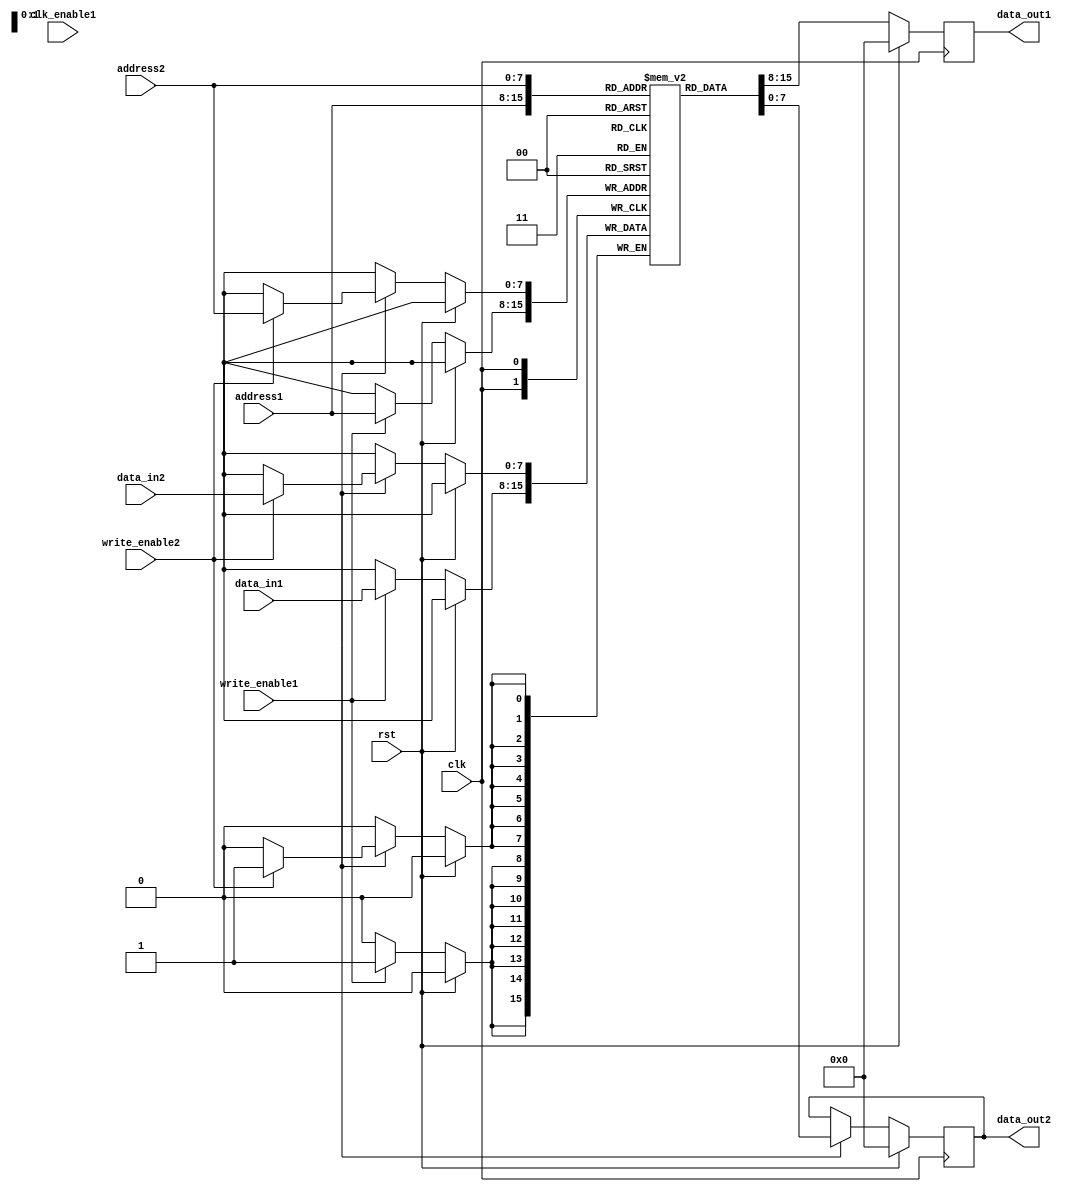
module dual_port_ram (
    input wire clk,
    input wire rst,
    // Port 1
    input wire clk_enable1,
    input wire write_enable1,
    input wire [7:0] address1,
    input wire [7:0] data_in1,
    output reg [7:0] data_out1,
    // Port 2
    input wire write_enable2,
    input wire [7:0] address2,
    input wire [7:0] data_in2,
    output reg [7:0] data_out2
);

reg [7:0] memory [0:255]; // Implementing 256x8 RAM

// Port 1 Data Bus
always @ (posedge clk)
begin
    if (rst) begin
        data_out1 <= 8'b0;
    end else begin
        if (write_enable1) begin
            memory[address1] <= data_in1;
        end
        data_out1 <= memory[address1];
    end
end

// Port 2 Data Bus with clock gating
always @ (posedge clk)
begin
    if (rst) begin
        data_out2 <= 8'b0;
    end else begin
        if (clk_enable2) begin
            if (write_enable2) begin
                memory[address2] <= data_in2;
            end
            data_out2 <= memory[address2];
        end
    end
end

endmodule